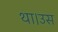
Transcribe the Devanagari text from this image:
था।उस